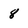
Character: 8